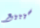
سيبيع